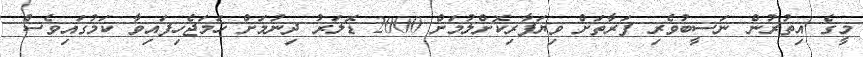
މީގެ އިތުރުން ނަސީބުވެރި ފަރާތަށް ވިޔަފާރިކޮށްލުމަށް 2000 ޑޮލަރު ދިނުމަށް ހަމަޖެހިފައިވާ ކަމުގައިވެސް